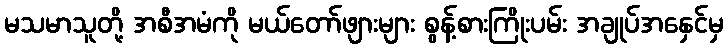
မသမာသူတို့ အစီအမံကို မယ်တော်ဖျားများ စွန့်စားကြိုးပမ်း အချုပ်အနှေင်မှ